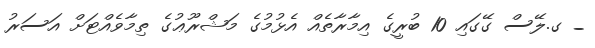
_ ގ.ލޭސް ގޭގައި 10 ބުރީގެ އިމާރާތެއް އެޅުމުގެ މަޝްރޫޢުގެ ތިމާވެއްޓަށް އަސަރު